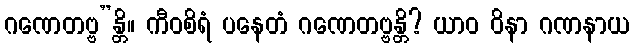
ဂဏေတဗ္ဗ”န္တိ။ ကီဝစိရံ ပနေတံ ဂဏေတဗ္ဗန္တိ? ယာဝ ဝိနာ ဂဏနာယ